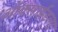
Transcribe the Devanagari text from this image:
ऑक्साईडला